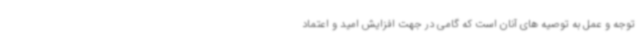
توجه و عمل به توصیه های آنان است که گامی در جهت افزایش امید و اعتماد